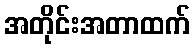
အတိုင်းအတာထက်